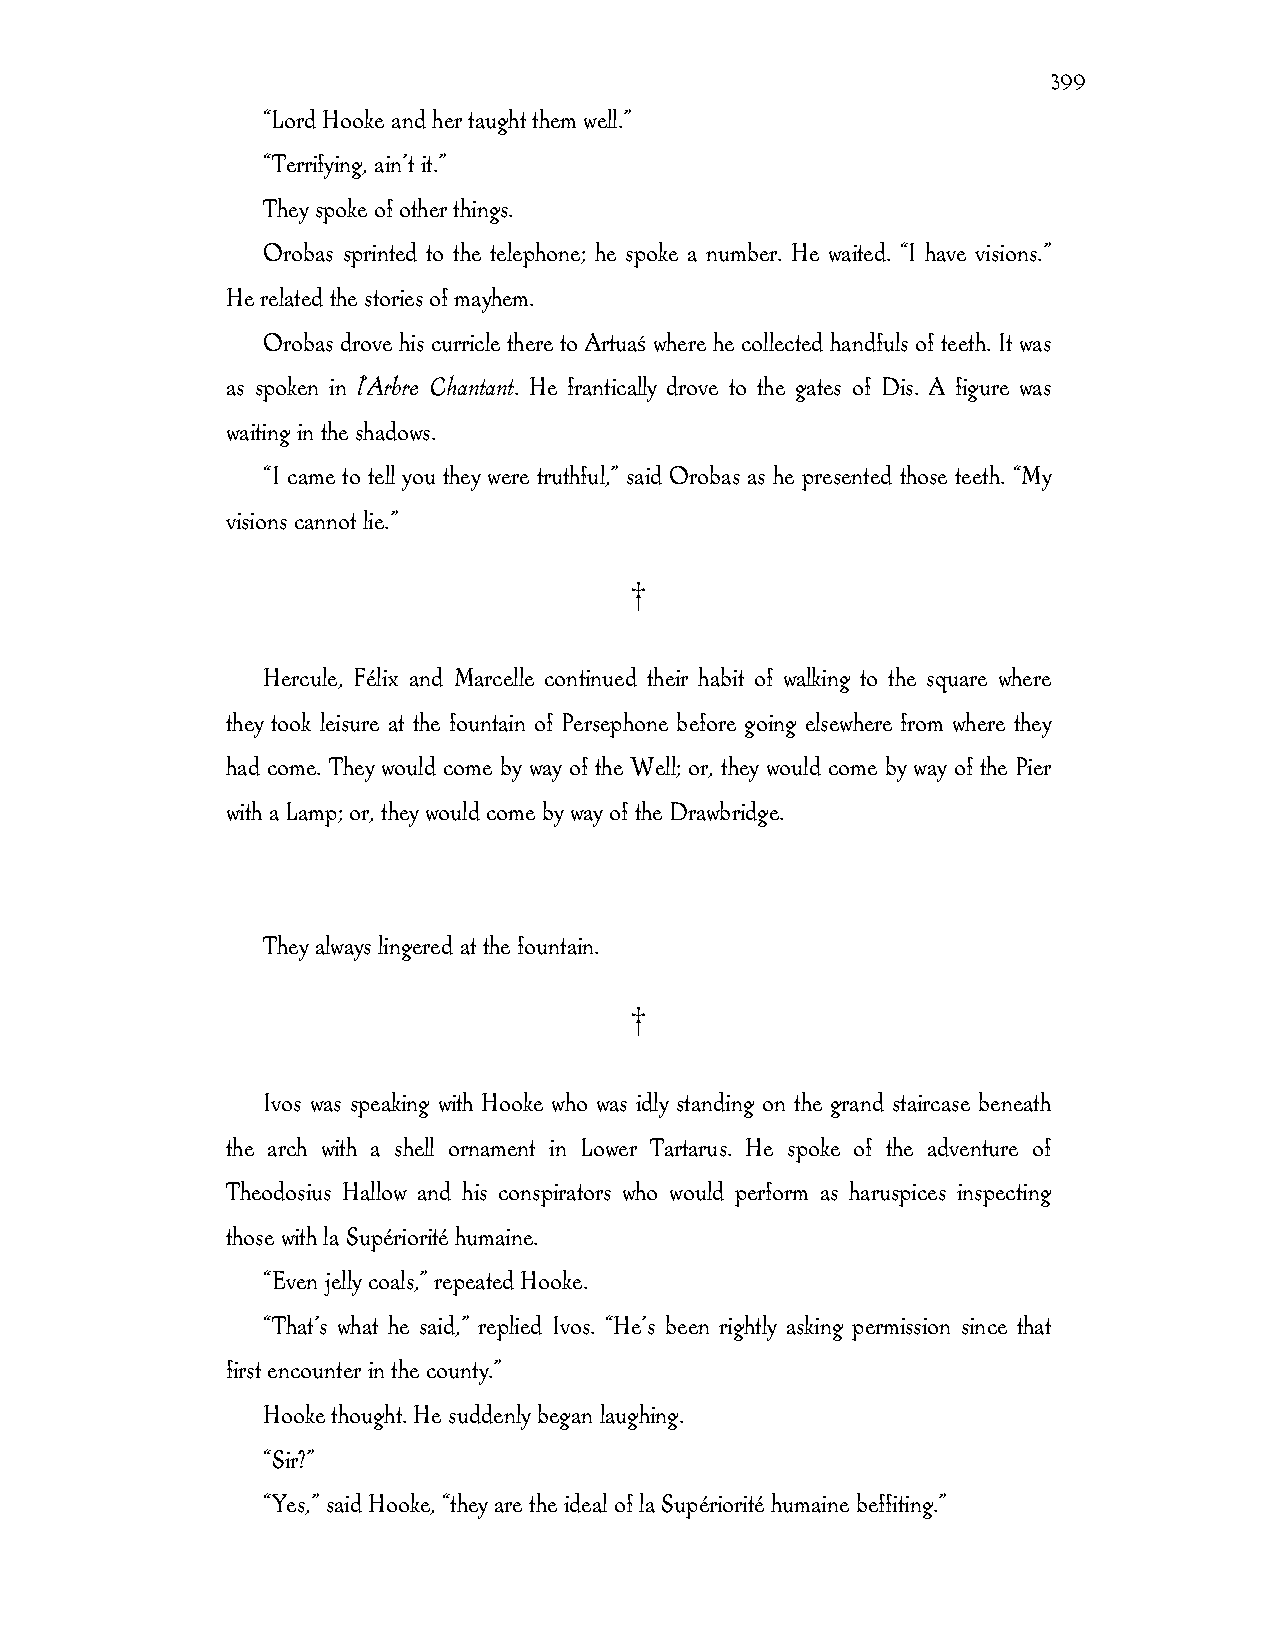
399
 “Lord Hooke and her taught them well.”
 “Terrifying, ain’t it.”
 They spoke of other things.
 Orobas sprinted to the telephone; he spoke a number. He waited. “I have visions.”
 He related the stories of mayhem.
 Orobas drove his curricle there to Artuaś where he collected handfuls of teeth. It was
 as spoken in l’Arbre Chantant. He frantically drove to the gates of Dis. A figure was
 waiting in the shadows.
 “I came to tell you they were truthful,” said Orobas as he presented those teeth. “My
 visions cannot lie.”
 †
 Hercule, Félix and Marcelle continued their habit of walking to the square where
 they took leisure at the fountain of Persephone before going elsewhere from where they
 had come. They would come by way of the Well; or, they would come by way of the Pier
 with a Lamp; or, they would come by way of the Drawbridge.
 They always lingered at the fountain.
 †
 Ivos was speaking with Hooke who was idly standing on the grand staircase beneath
 the arch with a shell ornament in Lower Tartarus. He spoke of the adventure of
 Theodosius Hallow and his conspirators who would perform as haruspices inspecting
 those with la Supériorité humaine.
 “Even jelly coals,” repeated Hooke.
 “That’s what he said,” replied Ivos. “He’s been rightly asking permission since that
 first encounter in the county.”
 Hooke thought. He suddenly began laughing.
 “Sir?”
 “Yes,” said Hooke, “they are the ideal of la Supériorité humaine beffiting.”